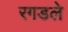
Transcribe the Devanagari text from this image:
रगडले